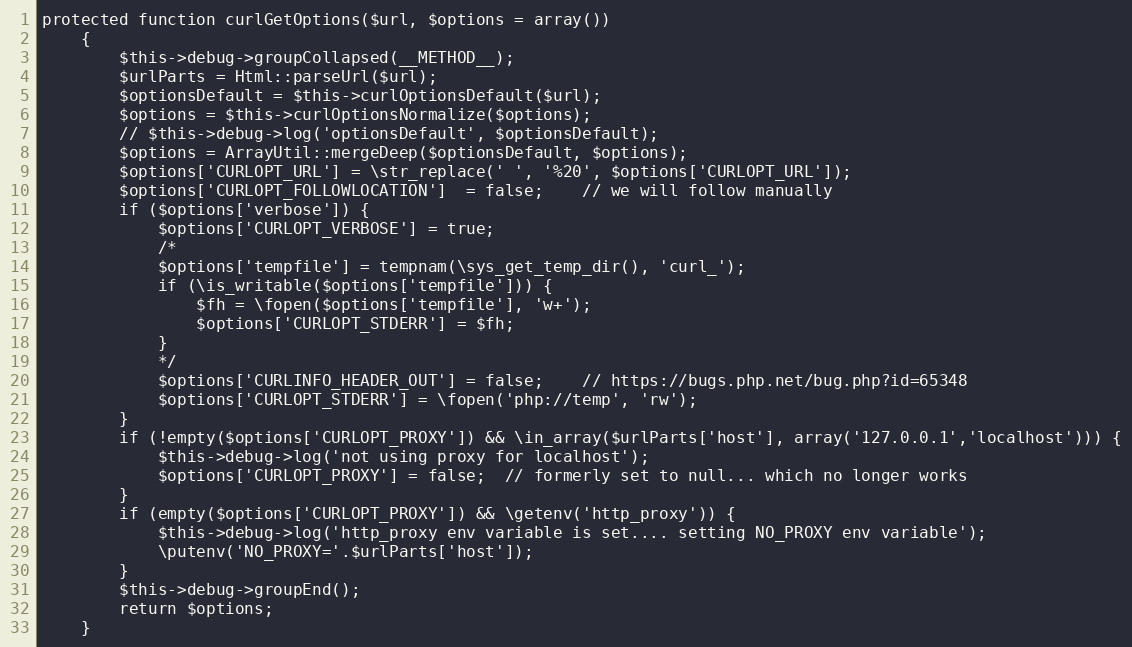
Language: PHP
protected function curlGetOptions($url, $options = array())
    {
        $this->debug->groupCollapsed(__METHOD__);
        $urlParts = Html::parseUrl($url);
        $optionsDefault = $this->curlOptionsDefault($url);
        $options = $this->curlOptionsNormalize($options);
        // $this->debug->log('optionsDefault', $optionsDefault);
        $options = ArrayUtil::mergeDeep($optionsDefault, $options);
        $options['CURLOPT_URL'] = \str_replace(' ', '%20', $options['CURLOPT_URL']);
        $options['CURLOPT_FOLLOWLOCATION']  = false;    // we will follow manually
        if ($options['verbose']) {
            $options['CURLOPT_VERBOSE'] = true;
            /*
            $options['tempfile'] = tempnam(\sys_get_temp_dir(), 'curl_');
            if (\is_writable($options['tempfile'])) {
                $fh = \fopen($options['tempfile'], 'w+');
                $options['CURLOPT_STDERR'] = $fh;
            }
            */
            $options['CURLINFO_HEADER_OUT'] = false;    // https://bugs.php.net/bug.php?id=65348
            $options['CURLOPT_STDERR'] = \fopen('php://temp', 'rw');
        }
        if (!empty($options['CURLOPT_PROXY']) && \in_array($urlParts['host'], array('127.0.0.1','localhost'))) {
            $this->debug->log('not using proxy for localhost');
            $options['CURLOPT_PROXY'] = false;  // formerly set to null... which no longer works
        }
        if (empty($options['CURLOPT_PROXY']) && \getenv('http_proxy')) {
            $this->debug->log('http_proxy env variable is set.... setting NO_PROXY env variable');
            \putenv('NO_PROXY='.$urlParts['host']);
        }
        $this->debug->groupEnd();
        return $options;
    }